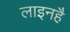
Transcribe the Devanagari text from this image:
लाइनहै